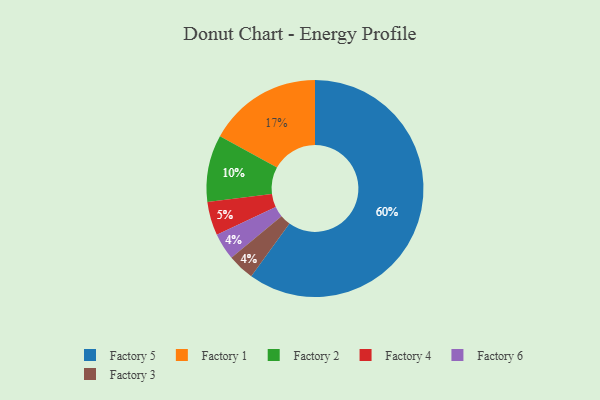
{"axis": {"x": "Category", "y": "Percentage"}, "legend": ["Factory 1", "Factory 2", "Factory 3", "Factory 4", "Factory 5", "Factory 6"], "data": [{"x": "Factory 6", "y": 4, "type": "Factory 6"}, {"x": "Factory 3", "y": 4, "type": "Factory 3"}, {"x": "Factory 5", "y": 60, "type": "Factory 5"}, {"x": "Factory 2", "y": 10, "type": "Factory 2"}, {"x": "Factory 4", "y": 5, "type": "Factory 4"}, {"x": "Factory 1", "y": 17, "type": "Factory 1"}]}